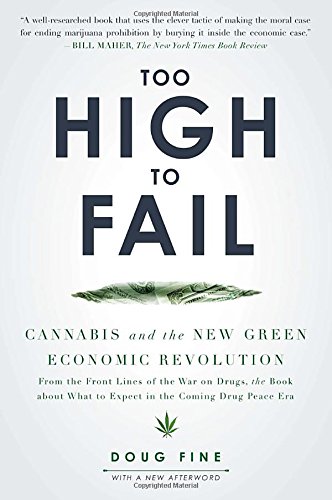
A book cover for Too High to Fail: Cannabis and the New Green Economic Revolution; Doug Fine; Science & Math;